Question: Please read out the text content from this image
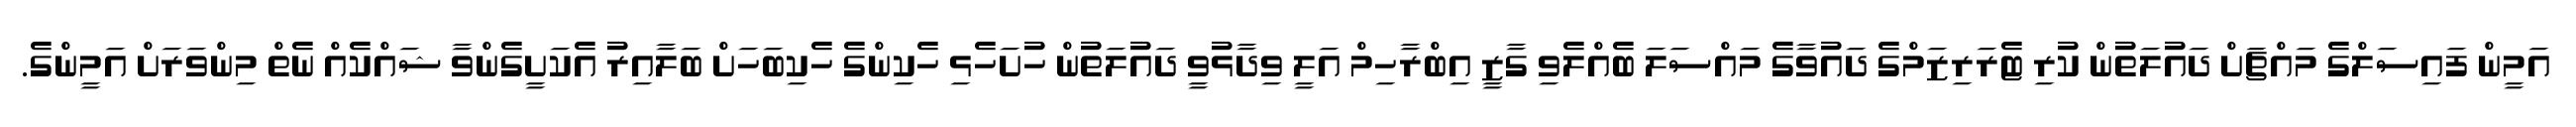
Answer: އަމީން ފައިސަލްގެ މައްޗަށް ދައުލަތުން ކުރި ޓެރަރިޒަމްގެ ދައުވާގެ މައްސަލަ ބެއްލެވި ގާޒީ އިބްރާހިމް އަލީ ވިދާޅުވީ ދައުލަތުން ހުށަހެޅި ހެކިންގެ ހެކިބަހަށް ބަލާއިރު އެކަށީގެންވާ ޝައްކެއް ނެތް މިންވަރަށް އަމީންގެ.